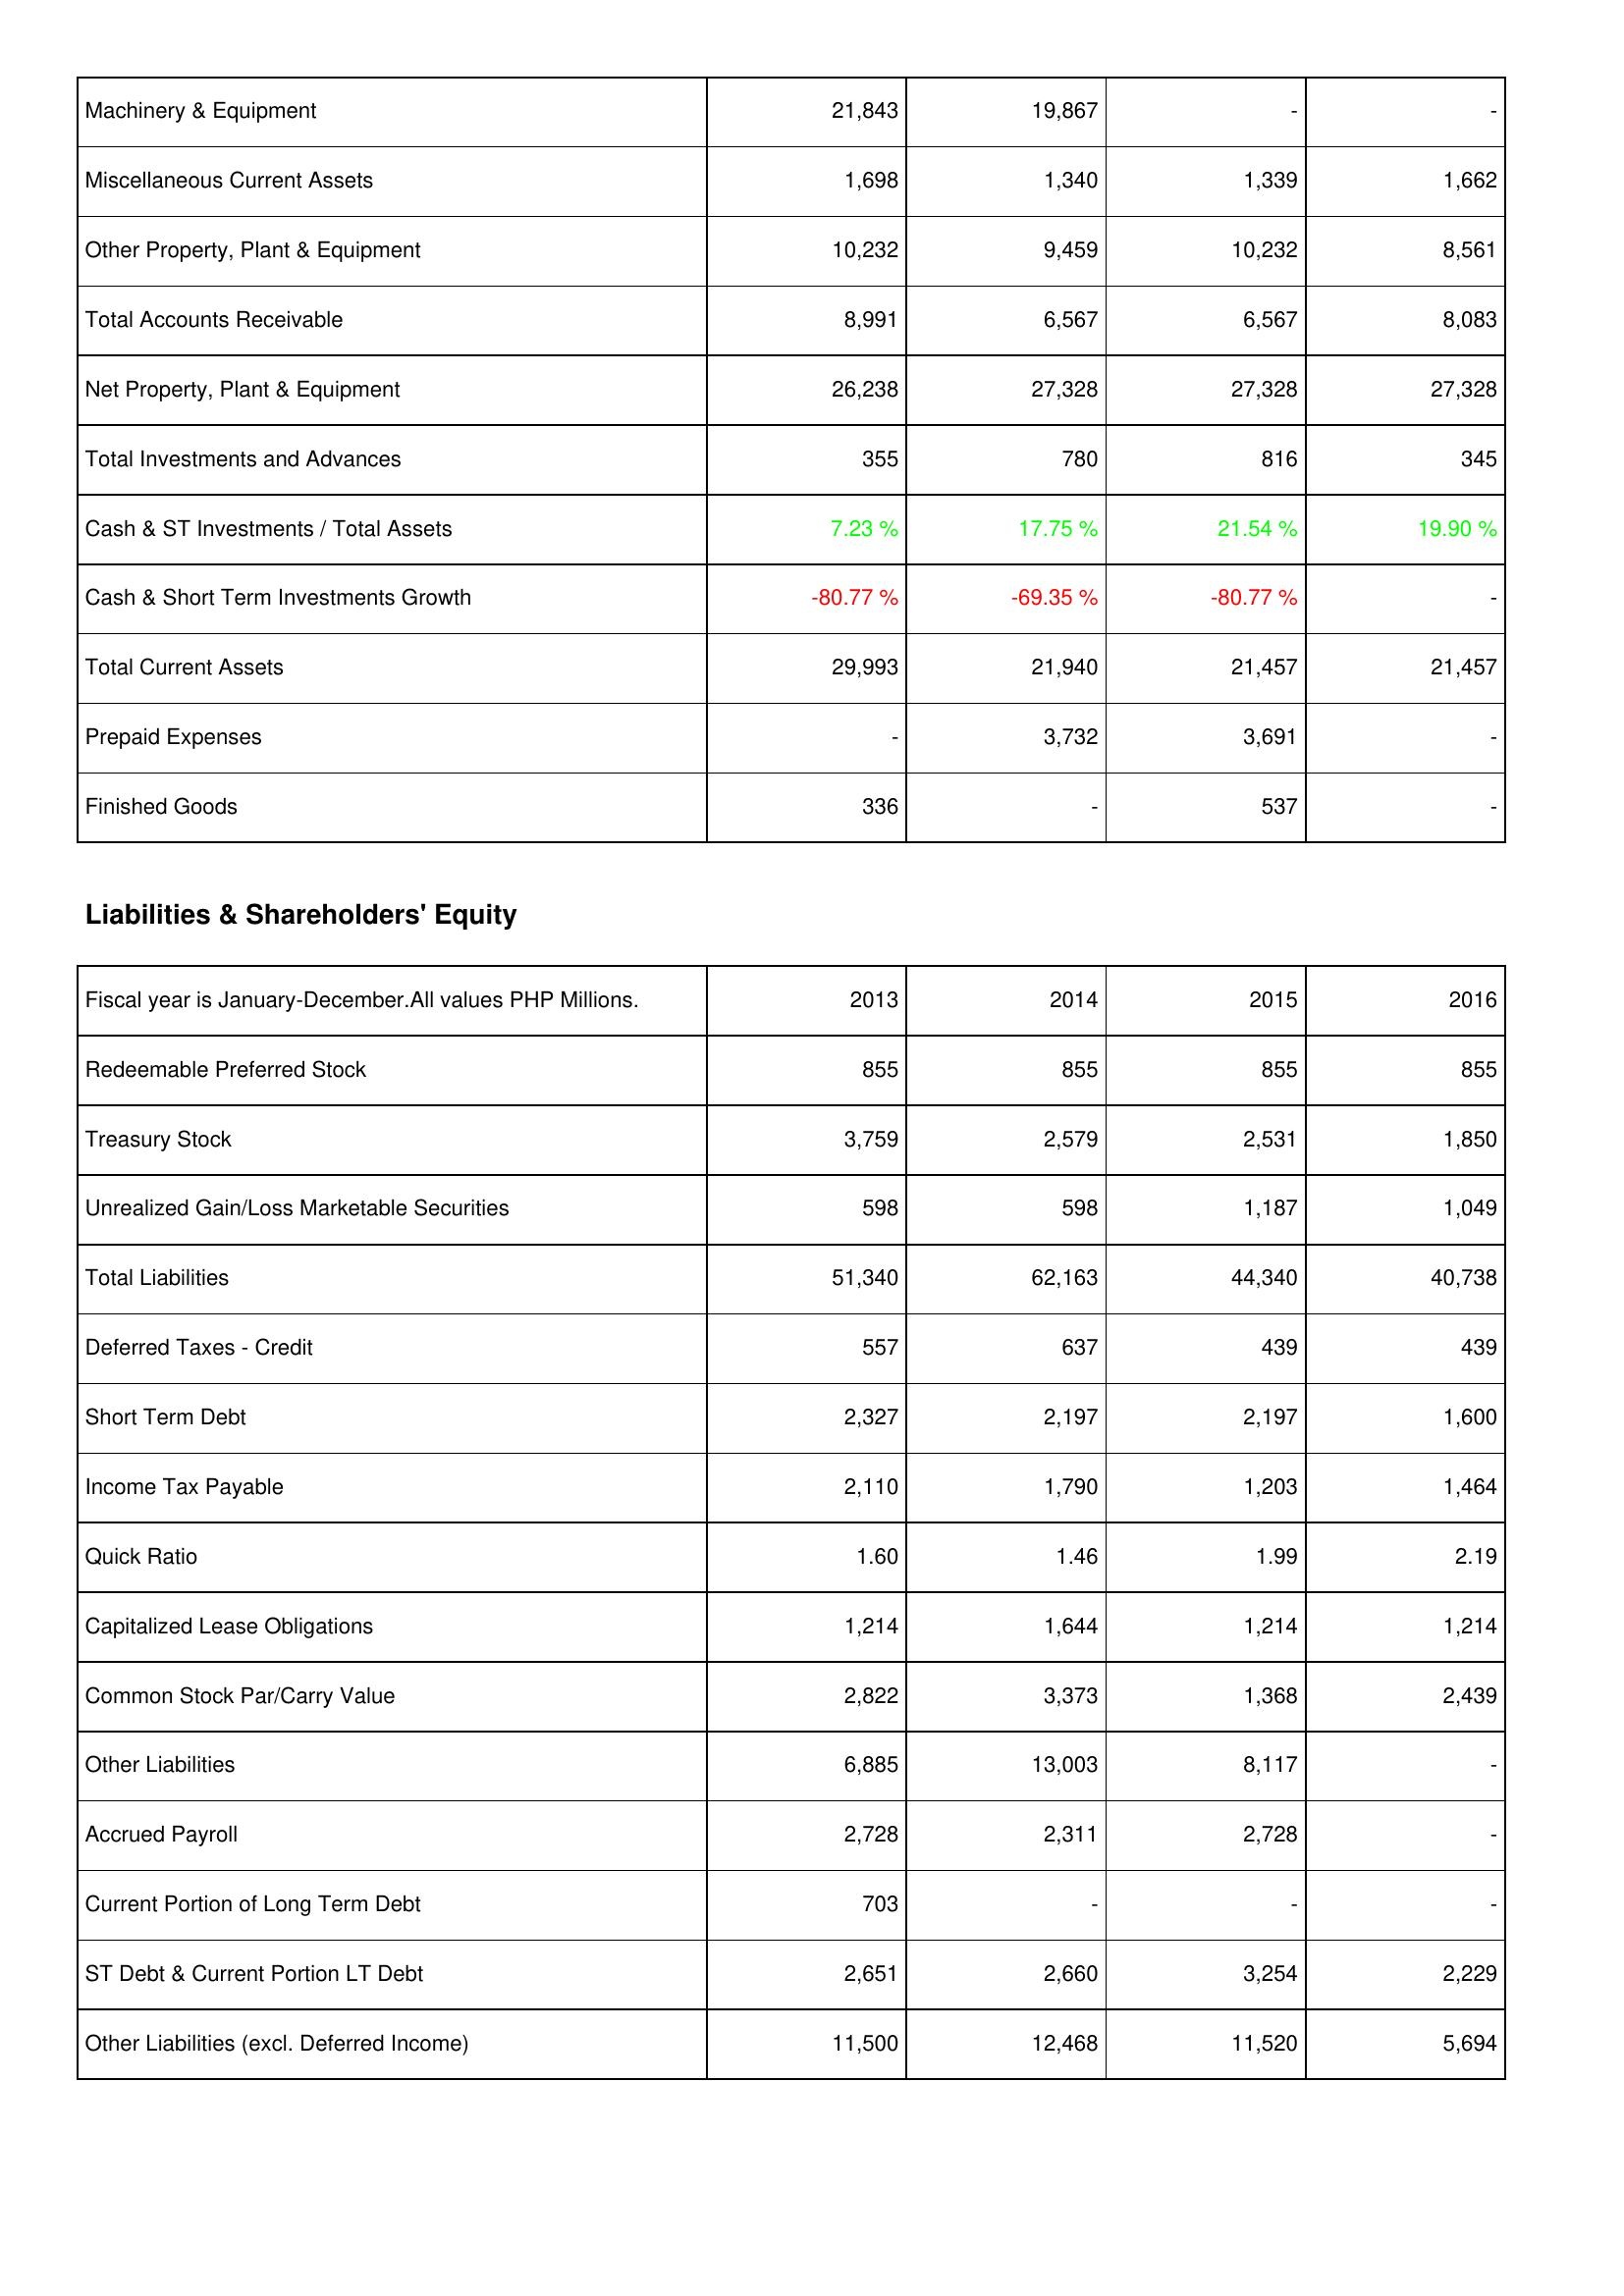
2013: Assets: Machinery & Equipment: 21,843
Miscellaneous Current Assets: 1,698
Other Property, Plant & Equipment: 10,232
Total Accounts Receivable: 8,991
Net Property, Plant & Equipment: 26,238
Total Investments and Advances: 355
Cash & ST Investments / Total Assets: 7.23 %
Cash & Short Term Investments Growth: -80.77 %
Total Current Assets: 29,993
Prepaid Expenses: -
Finished Goods: 336
Liabilities & Shareholders' Equity: Redeemable Preferred Stock: 855
Treasury Stock: 3,759
Unrealized Gain/Loss Marketable Securities: 598
Total Liabilities: 51,340
Deferred Taxes - Credit: 557
Short Term Debt: 2,327
Income Tax Payable: 2,110
Quick Ratio: 1.60
Capitalized Lease Obligations: 1,214
Common Stock Par/Carry Value: 2,822
Other Liabilities: 6,885
Accrued Payroll: 2,728
Current Portion of Long Term Debt: 703
ST Debt & Current Portion LT Debt: 2,651
Other Liabilities (excl. Deferred Income): 11,500
2014: Assets: Machinery & Equipment: 19,867
Miscellaneous Current Assets: 1,340
Other Property, Plant & Equipment: 9,459
Total Accounts Receivable: 6,567
Net Property, Plant & Equipment: 27,328
Total Investments and Advances: 780
Cash & ST Investments / Total Assets: 17.75 %
Cash & Short Term Investments Growth: -69.35 %
Total Current Assets: 21,940
Prepaid Expenses: 3,732
Finished Goods: -
Liabilities & Shareholders' Equity: Redeemable Preferred Stock: 855
Treasury Stock: 2,579
Unrealized Gain/Loss Marketable Securities: 598
Total Liabilities: 62,163
Deferred Taxes - Credit: 637
Short Term Debt: 2,197
Income Tax Payable: 1,790
Quick Ratio: 1.46
Capitalized Lease Obligations: 1,644
Common Stock Par/Carry Value: 3,373
Other Liabilities: 13,003
Accrued Payroll: 2,311
Current Portion of Long Term Debt: -
ST Debt & Current Portion LT Debt: 2,660
Other Liabilities (excl. Deferred Income): 12,468
2015: Assets: Machinery & Equipment: -
Miscellaneous Current Assets: 1,339
Other Property, Plant & Equipment: 10,232
Total Accounts Receivable: 6,567
Net Property, Plant & Equipment: 27,328
Total Investments and Advances: 816
Cash & ST Investments / Total Assets: 21.54 %
Cash & Short Term Investments Growth: -80.77 %
Total Current Assets: 21,457
Prepaid Expenses: 3,691
Finished Goods: 537
Liabilities & Shareholders' Equity: Redeemable Preferred Stock: 855
Treasury Stock: 2,531
Unrealized Gain/Loss Marketable Securities: 1,187
Total Liabilities: 44,340
Deferred Taxes - Credit: 439
Short Term Debt: 2,197
Income Tax Payable: 1,203
Quick Ratio: 1.99
Capitalized Lease Obligations: 1,214
Common Stock Par/Carry Value: 1,368
Other Liabilities: 8,117
Accrued Payroll: 2,728
Current Portion of Long Term Debt: -
ST Debt & Current Portion LT Debt: 3,254
Other Liabilities (excl. Deferred Income): 11,520
2016: Assets: Machinery & Equipment: -
Miscellaneous Current Assets: 1,662
Other Property, Plant & Equipment: 8,561
Total Accounts Receivable: 8,083
Net Property, Plant & Equipment: 27,328
Total Investments and Advances: 345
Cash & ST Investments / Total Assets: 19.90 %
Cash & Short Term Investments Growth: -
Total Current Assets: 21,457
Prepaid Expenses: -
Finished Goods: -
Liabilities & Shareholders' Equity: Redeemable Preferred Stock: 855
Treasury Stock: 1,850
Unrealized Gain/Loss Marketable Securities: 1,049
Total Liabilities: 40,738
Deferred Taxes - Credit: 439
Short Term Debt: 1,600
Income Tax Payable: 1,464
Quick Ratio: 2.19
Capitalized Lease Obligations: 1,214
Common Stock Par/Carry Value: 2,439
Other Liabilities: -
Accrued Payroll: -
Current Portion of Long Term Debt: -
ST Debt & Current Portion LT Debt: 2,229
Other Liabilities (excl. Deferred Income): 5,694